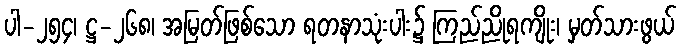
ပါ-၂၅၄၊ ဋ္ဌ-၂၆၈၊ အမြတ်ဖြစ်သော ရတနာသုံးပါး၌ ကြည်ညိုရကျိုး၊ မှတ်သားဖွယ်